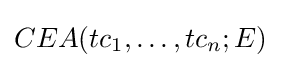
CEA(tc_{1},\ldots ,tc_{n};E)